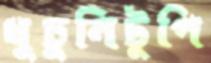
ধুচুনিটুপি